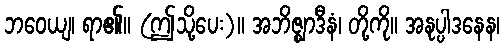
ဘဝေယျ၊ ရာ၏။ (ဤသို့ပေး)။ အဘိဇ္ဈာဒီနံ၊ တို့ကို။ အနုပ္ပါဒနေန၊